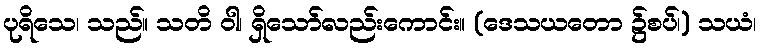
ပုရိသေ၊ သည်။ သတိ ဝါ၊ ရှိသော်လည်းကောင်း။ (ဒေသယတော ၌စပ်၊) သယံ၊